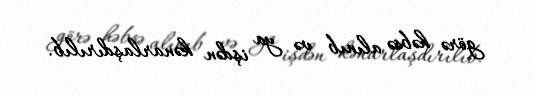
görə həbsə alınıb və ya işdən kənarlaşdırılıb.